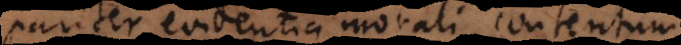
pariter evidentia morali contentum